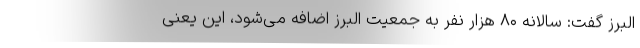
البرز گفت: سالانه ۸۰ هزار نفر به جمعیت البرز اضافه می‌شود، این یعنی